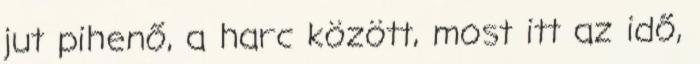
jut pihenő, a harc között, most itt az idő,